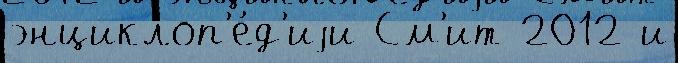
энциклоп'е́д'иjи См'ит 2012 и